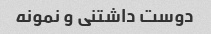
دوست داشتنی و نمونه